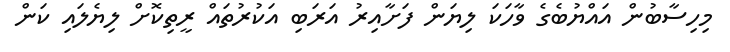
މިހިސާބުން އައްޔުބެގެ ވާހަކަ ލިޔަން ފަށާއިރު އަރަބި އަކުރުތައް ރީތިކޮށް ލިޔެލައި ކަން